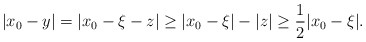
\begin{align*}|x_0-y|=|x_0-\xi-z|\geq |x_0-\xi|-|z|\geq\frac{1}{2}|x_0-\xi|.\end{align*}